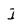
Character: I